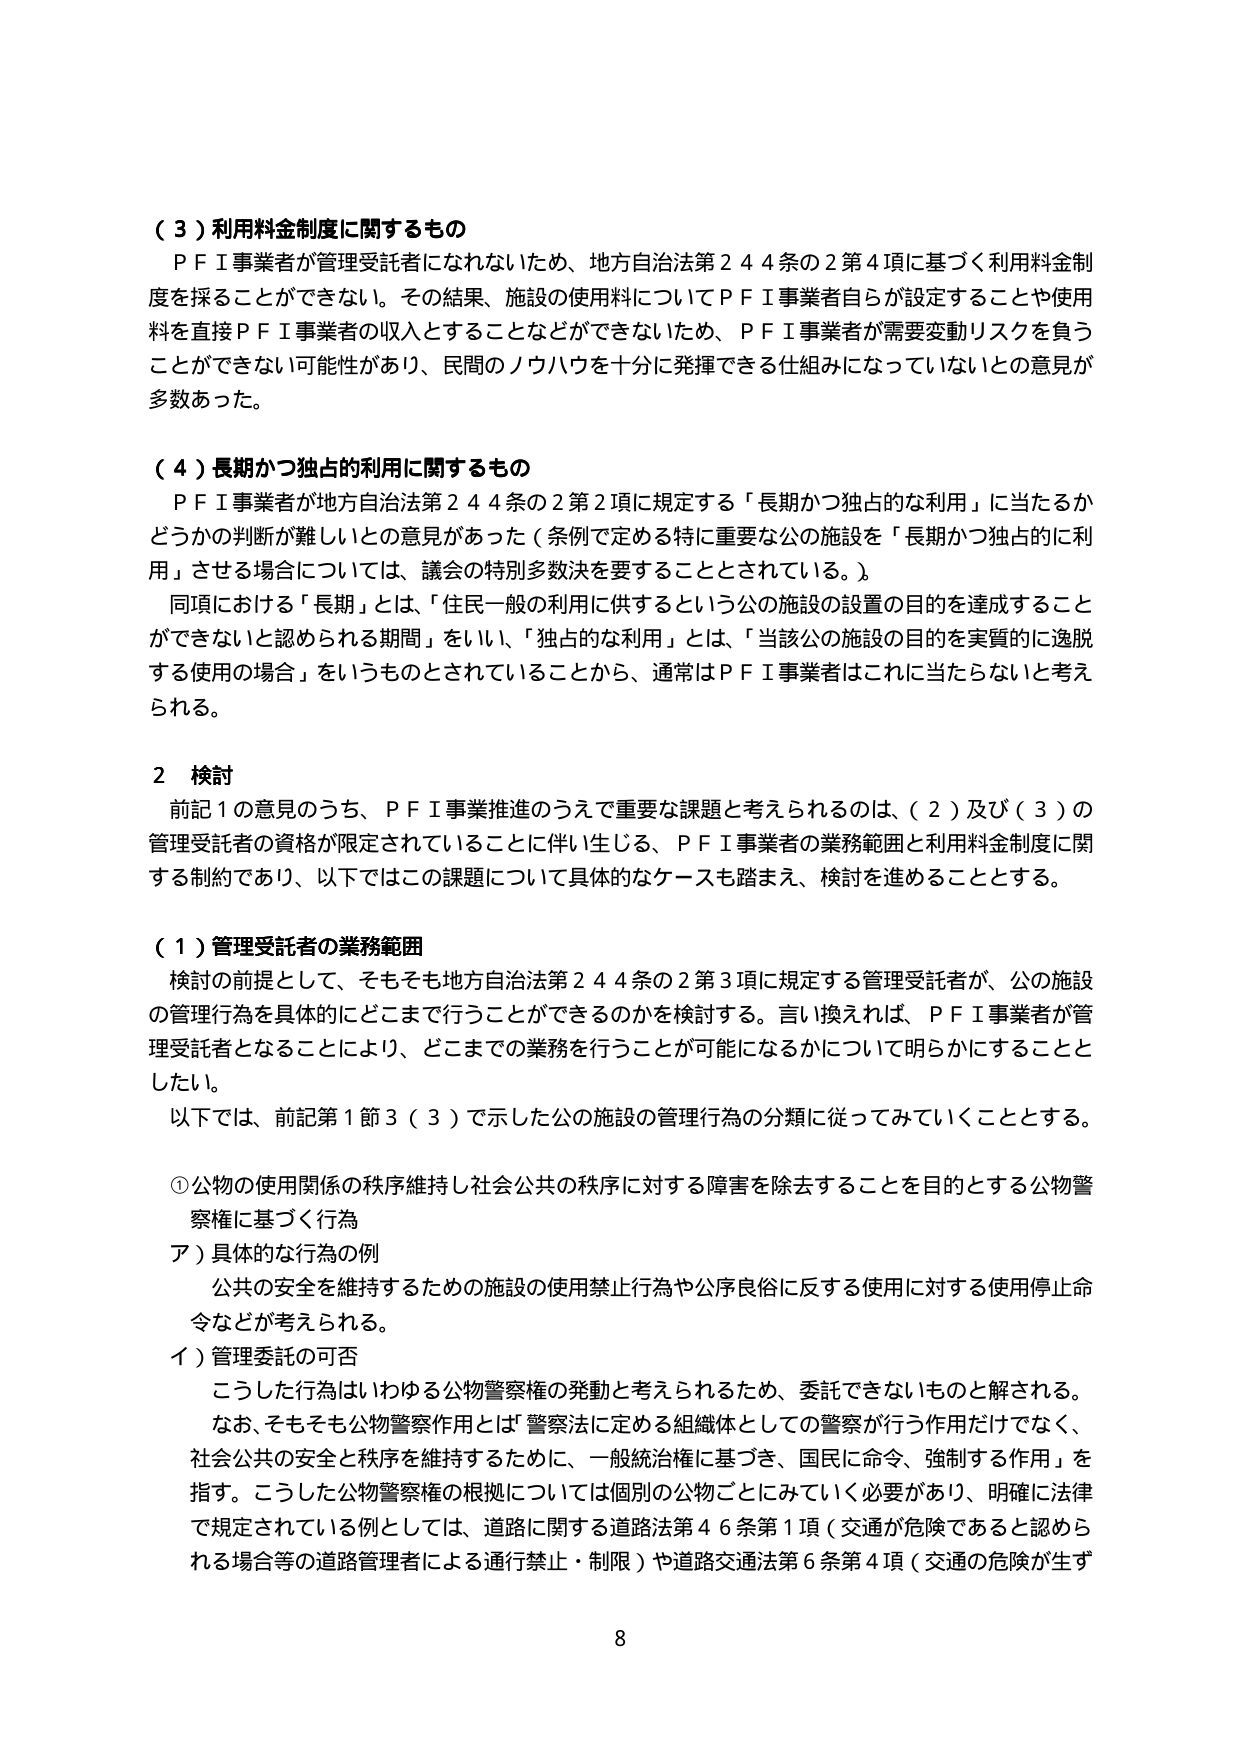
（３）利用料金制度に関するもの
ＰＦＩ事業者が管理受託者になれないため、地方自治法第２４４条の２第４項に基づく利用料金制度を採ることができない。その結果、施設の使用料についてＰＦＩ事業者自らが設定することや使用料を直接ＰＦＩ事業者の収入とすることなどができないため、ＰＦＩ事業者が需要変動リスクを負うことができない可能性があり、民間のノウハウを十分に発揮できる仕組みになっていないとの意見が多数あった。

（４）長期かつ独占的利用に関するもの
ＰＦＩ事業者が地方自治法第２４４条の２第２項に規定する「長期かつ独占的な利用」に当たるかどうかの判断が難しいとの意見があった（条例で定める特に重要な公の施設を「長期かつ独占的に利用」させる場合については、議会の特別多数決を要することとされている。）。
同項における「長期」とは、「住民一般の利用に供するという公の施設の設置の目的を達成することができないと認められる期間」をいい、「独占的な利用」とは、「当該公の施設の目的を実質的に逸脱する使用の場合」をいうものとされていることから、通常はＰＦＩ事業者はこれに当たらないと考えられる。

２ 検討
前記１の意見のうち、ＰＦＩ事業推進のうえで重要な課題と考えられるのは、（２）及び（３）の管理受託者の資格が限定されていることに伴い生じる、ＰＦＩ事業者の業務範囲と利用料金制度に関する制約であり、以下ではこの課題について具体的なケースも踏まえ、検討を進めることとする。

（１）管理受託者の業務範囲
検討の前提として、そもそも地方自治法第２４４条の２第３項に規定する管理受託者が、公の施設の管理行為を具体的にどこまで行うことができるのかを検討する。言い換えれば、ＰＦＩ事業者が管理受託者となることにより、どこまでの業務を行うことが可能になるかについて明らかにすることとしたい。
以下では、前記第１節３（３）で示した公の施設の管理行為の分類に従ってみていくこととする。

①公物の使用関係の秩序維持し社会公共の秩序に対する障害を除去することを目的とする公物警察権に基づく行為
ア）具体的な行為の例
公共の安全を維持するための施設の使用禁止行為や公序良俗に反する使用に対する使用停止命令などが考えられる。
イ）管理委託の可否
こうした行為はいわゆる公物警察権の発動と考えられるため、委託できないものと解される。
なお、そもそも公物警察作用とは「警察法に定める組織体としての警察が行う作用だけでなく、社会公共の安全と秩序を維持するために、一般統治権に基づき、国民に命令、強制する作用」を指す。こうした公物警察権の根拠については個別の公物ごとにみていく必要があり、明確に法律で規定されている例としては、道路に関する道路法第４６条第１項（交通が危険であると認められる場合等の道路管理者による通行禁止・制限）や道路交通法第６条第４項（交通の危険が生ず

8